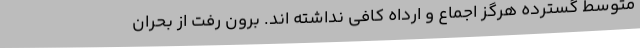
متوسط گسترده هرگز اجماع و ارداه کافی نداشته اند. برون رفت از بحران